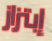
إبتزاز